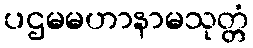
ပဌမမဟာနာမသုတ္တံ